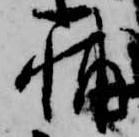
輔